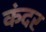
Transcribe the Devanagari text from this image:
कंदर